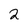
Character: 2